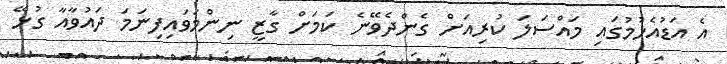
އެ އަޑުއެހުމުގައި މައްސަލަ ކުރިއަށް ގެންދެވޭނެ ކަމަށް ގާޒީ ނިންމަވައިފިނަމަ ދައުވާއާ ގުޅޭ